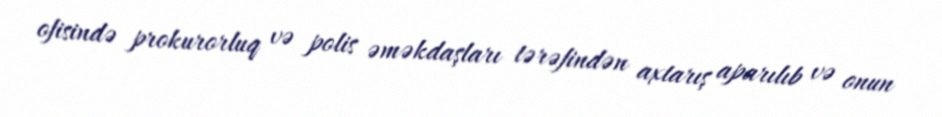
ofisində prokurorluq və polis əməkdaşları tərəfindən axtarış aparılıb və onun